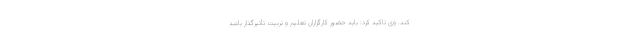
کند. وی تاکید کرد: باید حضور کارگزاران تعلیم و تربیت تأثیرگذار باشد